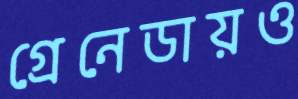
গ্রেনেডায়ও